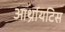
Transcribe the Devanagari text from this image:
आर्थ्रायटिस